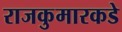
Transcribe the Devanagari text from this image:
राजकुमारकडे